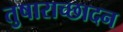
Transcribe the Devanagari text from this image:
तुषाराच्छादन